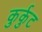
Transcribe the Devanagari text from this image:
कुर्कुट